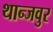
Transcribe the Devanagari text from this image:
थान्जवुर